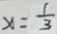
x = \frac { 1 } { 3 }